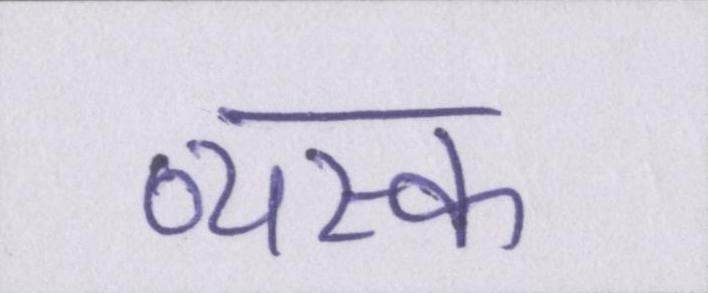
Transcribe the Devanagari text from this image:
व्यस्क